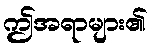
ဤအရာများ၏